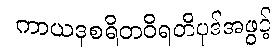
ကာယဒုစရိတဝိရတီပုဒ်အဖွင့်